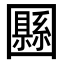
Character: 𡈴